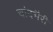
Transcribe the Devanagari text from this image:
चांदभैरी